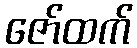
ဇော်ထက်